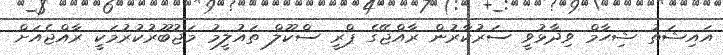
އައިޝަތު ޝިހާމް ވިދާޅުވީ ސަރުކާރުން ރާއްޖޭގެ ޕްރީ ސްކޫލް ތައުލީމު މަޖުބޫރުކުރުމަކީ ރާއްޖެއަށް